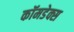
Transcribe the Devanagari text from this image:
कॉमडेक्स